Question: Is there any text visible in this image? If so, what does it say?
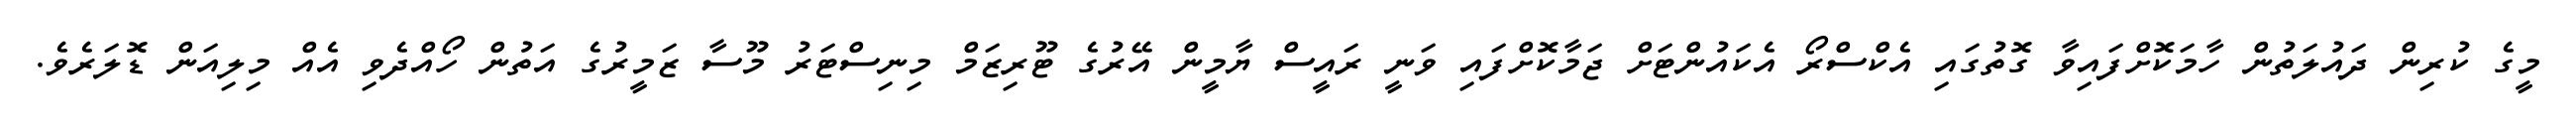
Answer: މީގެ ކުރިން ދައުލަތުން ހާމަކޮށްފައިވާ ގޮތުގައި އެކްސްރޯ އެކައުންޓަށް ޖަމާކޮށްފައި ވަނީ ރައީސް ޔާމީން އޭރުގެ ޓޫރިޒަމް މިނިސްޓަރު މޫސާ ޒަމީރުގެ އަތުން ހޯއްދެވި އެއް މިލިއަން ޑޮލަރެވެ.